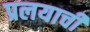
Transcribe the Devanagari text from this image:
प्रलयाची